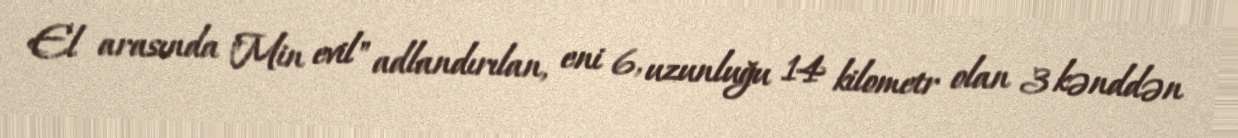
El arasında "Min evil" adlandırılan, eni 6, uzunluğu 14 kilometr olan 3 kənddən